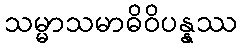
သမ္မာသမာဓိဝိပန္နဿ